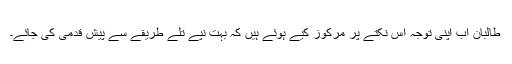
طالبان اب اپنی توجہ اس نکتے پر مرکوز کیے ہوئے ہیں کہ بہت نپے تلے طریقے سے پیش قدمی کی جائے۔